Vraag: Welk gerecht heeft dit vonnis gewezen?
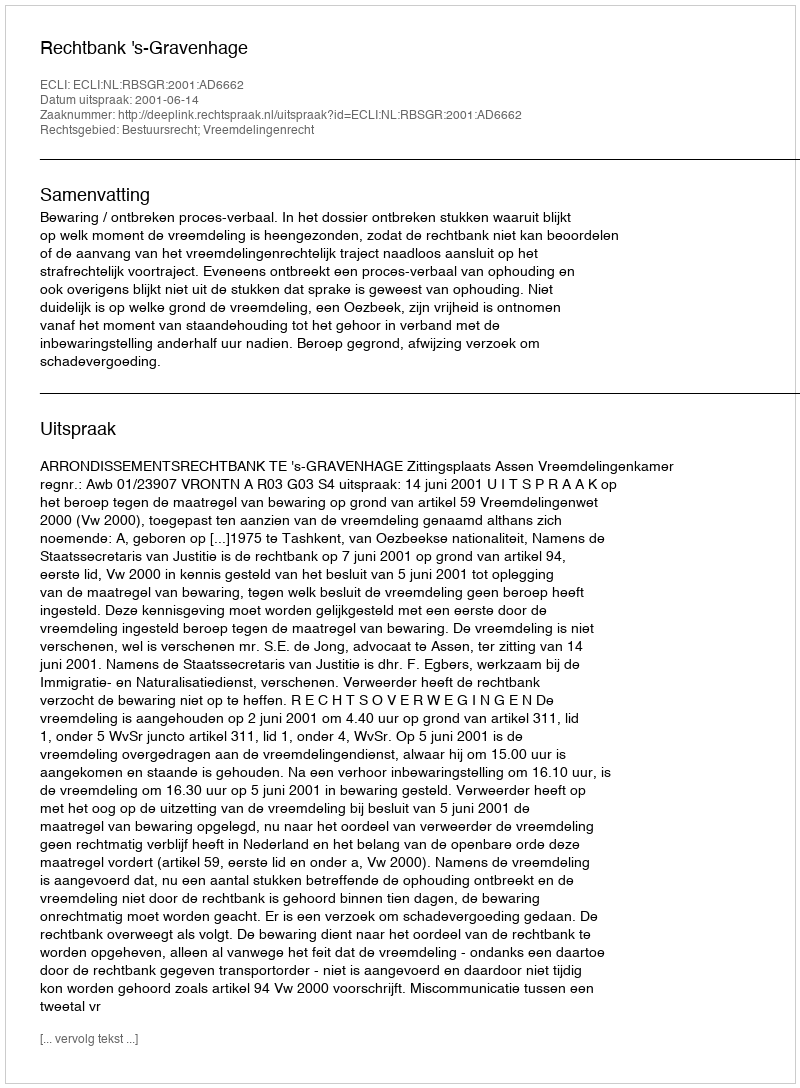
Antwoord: Rechtbank 's-Gravenhage